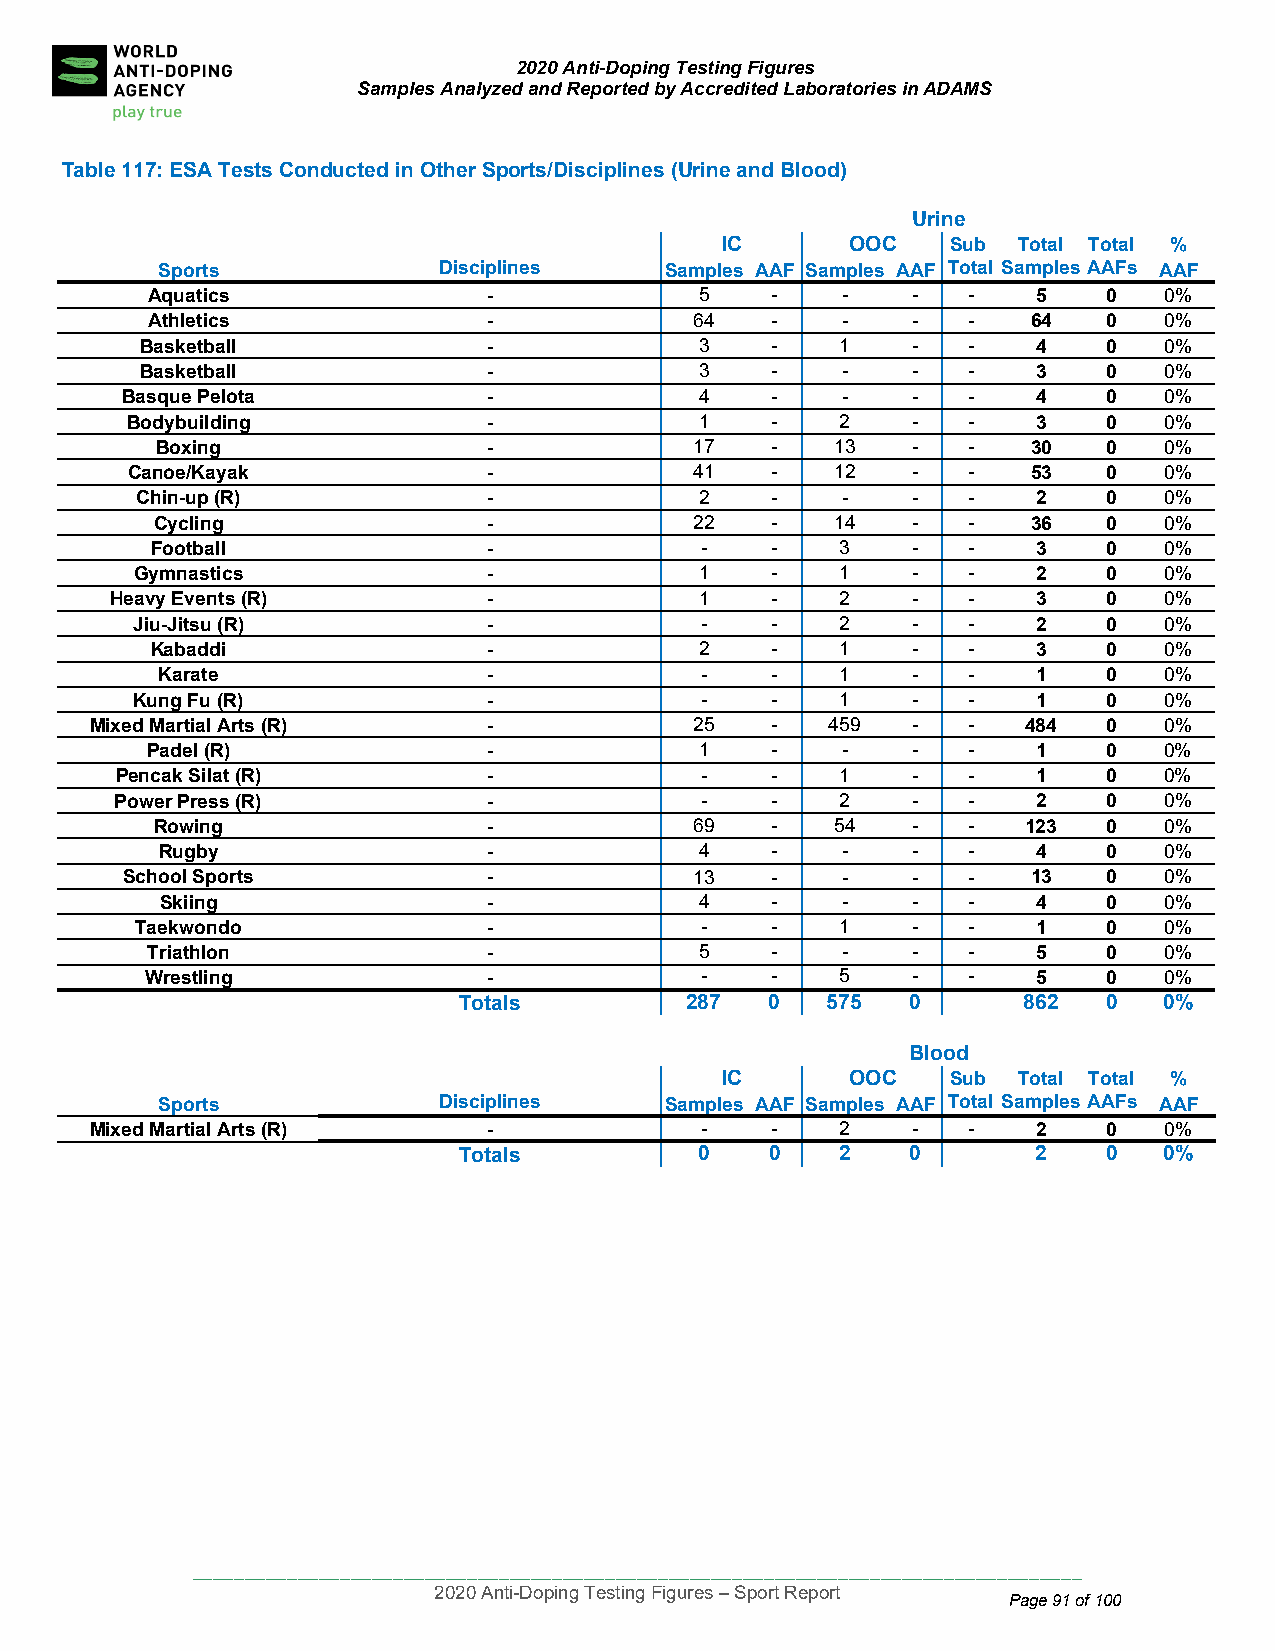
2020 Anti-Doping Testing Figures
 Samples Analyzed and Reported by Accredited Laboratories in ADAMS
 Table 117: ES A Tests Conducted in Other Sports/Disciplines (Urine and Blood)
 Urine
 IC      OOC    Sub Total Total %
 Sports             Disciplines    Samples AAF Samples AAF Total SamplesAAFs AAF
 Aquatics              -             5    -    -   -   -    5   0   0%
 Athletics             -             64   -    -   -   -   64   0   0%
 Baske tball            -             3    -    1   -   -    4   0   0%
 Baske tball            -             3    -    -   -   -    3   0   0%
 Basque Pelota           -             4    -    -   -   -    4   0   0%
 Bodybu ilding           -             1    -    2   -   -    3   0   0%
 Box ing               -             17   -   13   -   -   30   0   0%
 Canoe/Kayak             -             41   -   12   -   -   53   0   0%
 Chin-up (R)            -             2    -    -   -   -    2   0   0%
 Cycling               -             22   -   14   -   -   36   0   0%
 Football              -             -    -    3   -   -    3   0   0%
 Gymnastics             -             1    -    1   -   -    2   0   0%
 Heavy Events (R)         -             1    -    2   -   -    3   0   0%
 Jiu-Jit su (R)         -             -    -    2   -   -    2   0   0%
 Kaba ddi              -             2    -    1   -   -    3   0   0%
 Kar ate               -             -    -    1   -   -    1   0   0%
 Kung Fu (R)            -             -    -    1   -   -    1   0   0%
 Mixed Mart ial Arts (R)   -             25   -   459  -   -   484  0   0%
 Padel (R)             -             1    -    -   -   -    1   0   0%
 Pencak Silat (R)        -             -    -    1   -   -    1   0   0%
 Power Press (R)         -             -    -    2   -   -    2   0   0%
 Rowing                -             69   -   54   -   -   123  0   0%
 Rugby                -             4    -    -   -   -    4   0   0%
 School Sports           -             13   -    -   -   -   13   0   0%
 Ski ing              -             4    -    -   -   -    4   0   0%
 Taekw ondo             -             -    -    1   -   -    1   0   0%
 Triat hlon            -             5    -    -   -   -    5   0   0%
 Wres tling            -             -    -    5   -   -    5   0   0%
 Totals         287   0   575  0       862  0   0%
 Blood
 IC      OOC    Sub Total Total %
 Sports             Disciplines    Samples AAF Samples AAF Total SamplesAAFs AAF
 Mixed Martial Arts (R)    -             -    -    2   -   -    2   0   0%
 Totals          0    0    2   0        2   0   0%
 ____________________________________________________________________________________
 2020 Anti-Doping Testing Figures – Sport Report
 Page 91 of 100